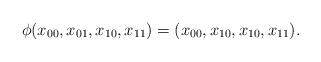
LaTeX: \begin{align*}\phi(x_{00}, x_{01}, x_{10}, x_{11})=(x_{00}, x_{10}, x_{10}, x_{11}).\end{align*}